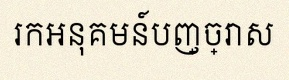
រកអនុគមន៍បញ្ច្រាស